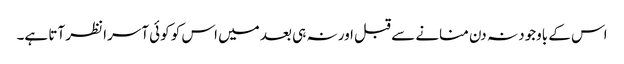
اس کے باوجود نہ دن منانے سے قبل اور نہ ہی بعد میں اس کو کوئی آسرا نظر آتا ہے۔